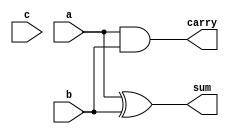
module generated(a,b,c,sum,carry);
input a,b,c;
output sum,carry;
genvar k;
generate for(k=0;k<10;k=k+1)
begin
xor(sum,a,b);
and(carry,a,b);
end
endgenerate
endmodule

module test;
reg a,b,c;
wire sum,carry;

generated g(a,b,c,sum,carry);

initial begin
$monitor(a,b,c,sum,carry);
#10 ;
end
endmodule